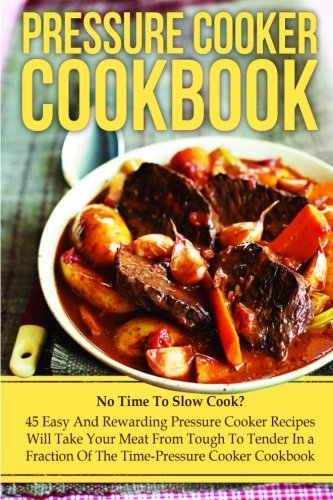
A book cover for Pressure Cooker Cookbook: No Time To Slow Cook? 45 Easy And Rewarding Pressure Cooker Recipes That Will Take Your Meat From Tough To Tender In a ... Cooking, Make Ahead Meals, Freezer Meals); Rebecca Herbertson; Cookbooks, Food & Wine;